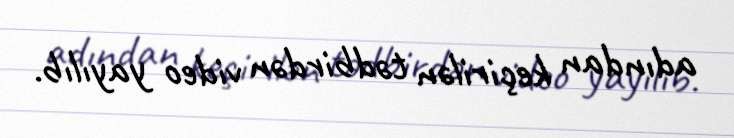
adından keçirilən tədbirdən video yayılıb.